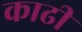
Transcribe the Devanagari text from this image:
काढी